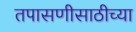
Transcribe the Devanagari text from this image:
तपासणीसाठीच्या